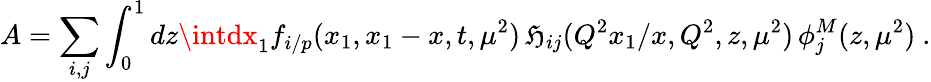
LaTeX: A=\sum_{i,j}\int_{0}^{1}dz\intdx_{1}f_{i/p}(x_{1},x_{1}-x,t,\mu^{2})\, \mathfrak{H}_{ij}(Q^{2}x_{1}/x,Q^{2},z,\mu^{2})\, \phi_{j}^{M}(z,\mu^{2})\ .